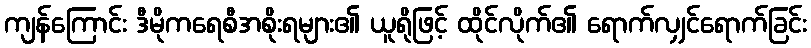
ကျန်ကြောင်း ဒီမိုကရေစီအစိုးရများ၏ ယူရိုဖြင့် ထိုင်လိုက်၏ ရောက်လျှင်ရောက်ခြင်း